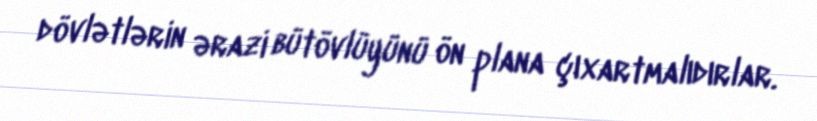
dövlətlərin ərazi bütövlüyünü ön plana çıxartmalıdırlar.